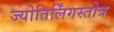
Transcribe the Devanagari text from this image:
ज्योतिर्लिंगस्तोत्र